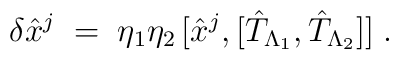
\delta {\hat x}^j \;=\; \eta_1 \eta_2 \, [{\hat x}^j , [{\hat T}_{\Lambda_1} , {\hat T}_{\Lambda_2}]] \;.